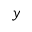
y